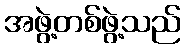
အဖွဲ့တစ်ဖွဲ့သည်